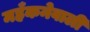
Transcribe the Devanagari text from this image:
महँकनेवाली